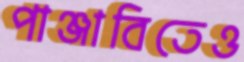
পাঞ্জাবিতেও